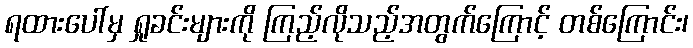
ရထားပေါ်မှ ရှုခင်းများကို ကြည့်လိုသည့်အတွက်ကြောင့် တစ်ကြောင်း၊